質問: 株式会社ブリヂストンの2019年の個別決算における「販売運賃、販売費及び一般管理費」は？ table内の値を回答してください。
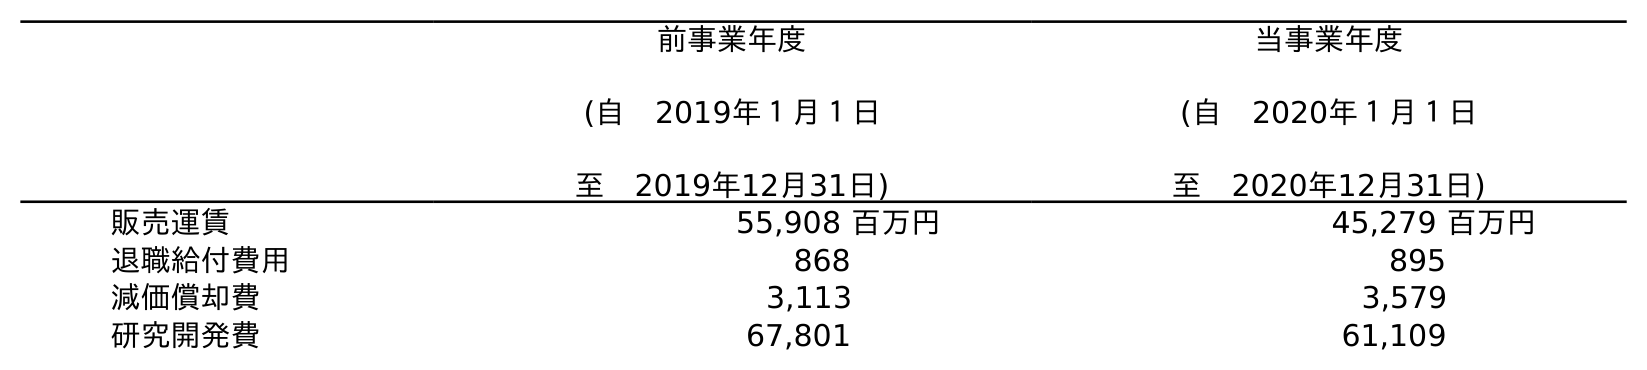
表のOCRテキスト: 前事業年度 (自 2019年１月１日 至 2019年12月31日) 当事業年度 (自 2020年１月１日 至 2020年12月31日) 販売運賃 55,908 百万円 45,279 百万円 退職給付費用 868 895 減価償却費 3,113 3,579 研究開発費 67,801 61,109
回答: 55,908百万円